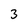
Character: 3